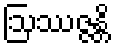
ဩဿဇ္ဇန္တိ